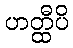
ဟတ္ထီပိ